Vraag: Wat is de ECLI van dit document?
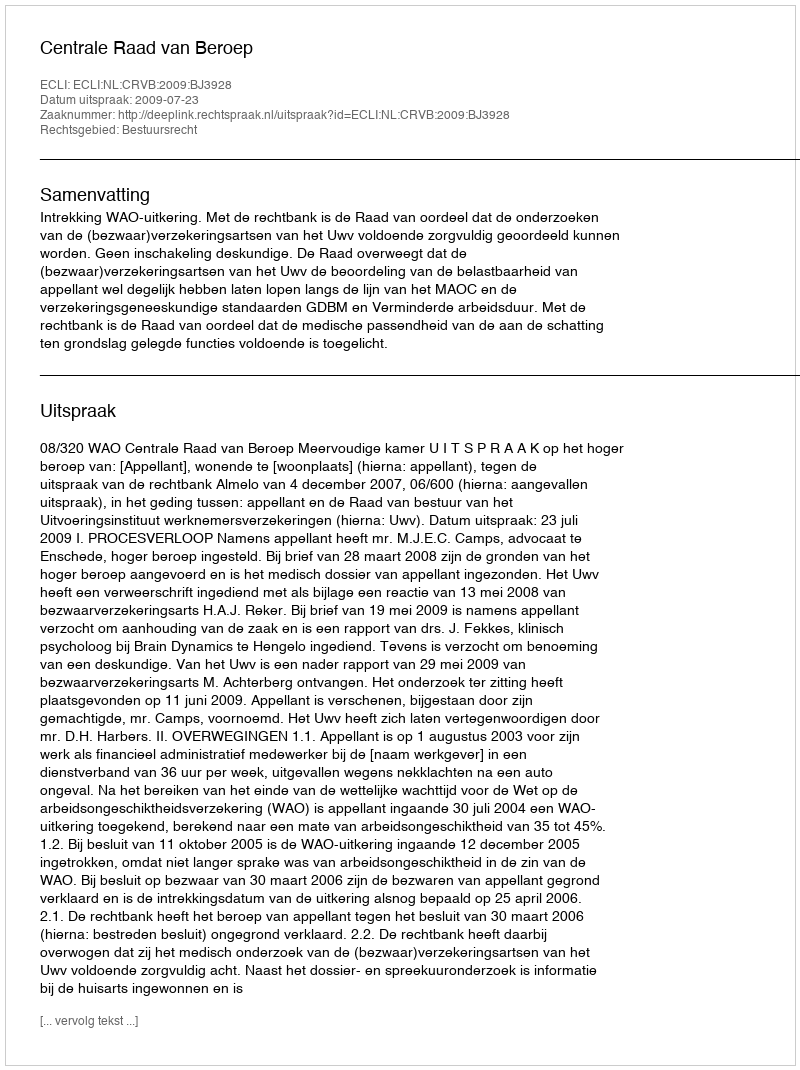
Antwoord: ECLI:NL:CRVB:2009:BJ3928